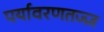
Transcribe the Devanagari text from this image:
पर्यावरणतज्ज्ञ